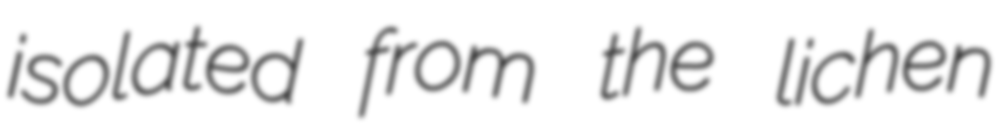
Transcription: isolated from the lichen